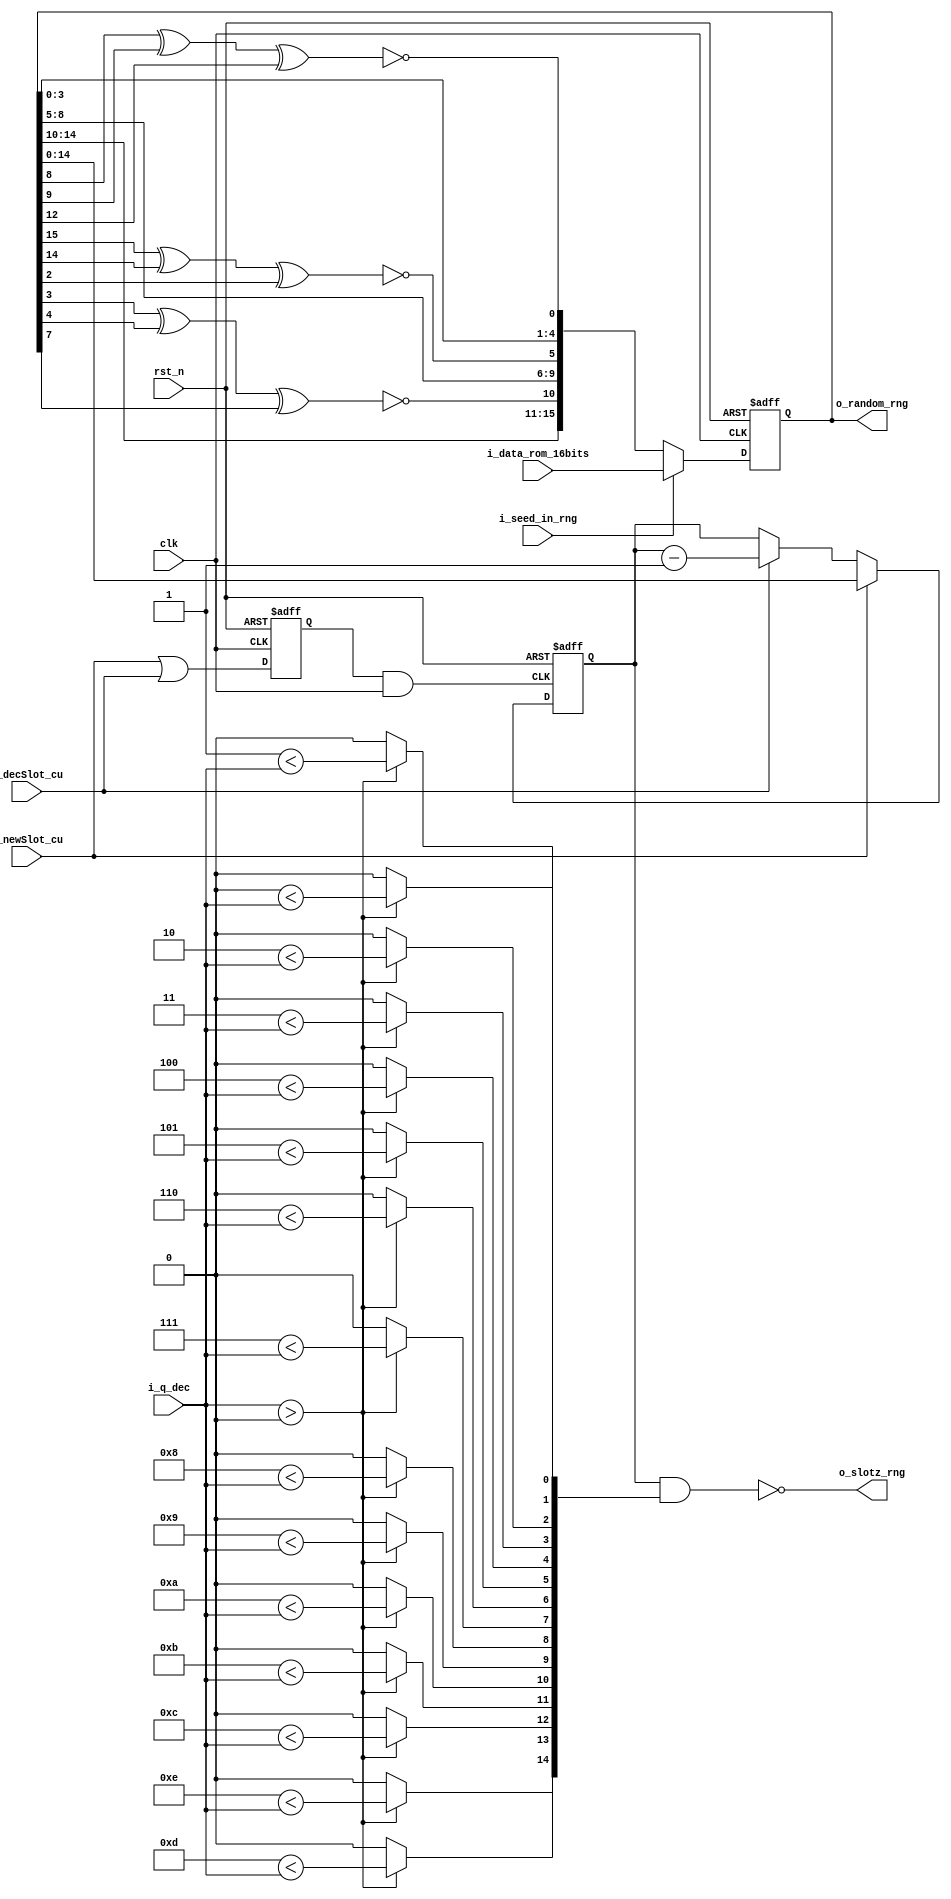
`timescale 1ns/100ps
module random_generator (
	input			clk		,
	input			rst_n	,
	input	[3:0]	i_q_dec		,
	input			i_newSlot_cu	,
	input			i_decSlot_cu	,
	input			i_seed_in_rng	,
	input	[15:0]	i_data_rom_16bits	,
	
	output reg [15:0] 	o_random_rng	,
	output reg 			o_slotz_rng	
			);

//----------------------------------------------------------------------
// random number generator
//----------------------------------------------------------------------
reg	[15:0]	random_number	;
reg	[14:0]	slot		;
reg 	[14:0]	slot_mask	;
reg 	[15:0]	random_d	;
integer 	i	= 0	;

always @ (*)
	begin 
	o_random_rng	=	random_number 	 		;
	o_slotz_rng		=	(slot & slot_mask )==15'b0	;
	end

always @ (*) 
	begin 
	slot_mask 	=	15'b0		;
	if (i_q_dec >0)
		for (i=0;i<15;i=i+1)
			slot_mask [i]	=	i<i_q_dec ;
	end

reg		en_slot		;
reg		clk_slot	;
always @ (negedge clk or negedge rst_n)	
  if(~rst_n)
    en_slot = 1'b0;
	else	en_slot =	i_newSlot_cu || i_decSlot_cu 	;
	
always @ (*)
	clk_slot =	en_slot	&clk	;

always 	@(posedge clk_slot or negedge rst_n)
	if(!rst_n)
		slot	<= 'd0	;
	else if (i_newSlot_cu )
		slot 	<=	o_random_rng ;
	else if (i_decSlot_cu )
		slot 	<=	slot -1		;
	else slot	<=	slot		;
	
always @ (*) 
	begin 
	random_d 	=	random_number <<1 ;
	random_d [0]	=	~(random_number[8]^random_number[9]^random_number[12]);  
 	random_d [5]	=	~(random_number[15]^random_number[14]^random_number[2]);
	random_d [10]	=	~(random_number[3]^random_number[4]^random_number[7]);
	end             	

always 	@(posedge clk or negedge rst_n )
	if (~rst_n )
		random_number  	<=	16'hbeaf	;
	else if (i_seed_in_rng )
		random_number  	<=	i_data_rom_16bits	;
	else 
		random_number  	<=	random_d 	;
endmodule